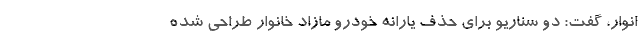
انوار، گفت: دو سناریو برای حذف یارانه خودرو مازاد خانوار طراحی شده